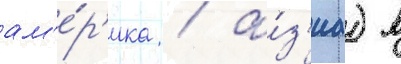
ам'е́р'ика / а́з'иа) в